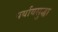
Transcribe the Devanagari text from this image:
पर्यायसुद्धा